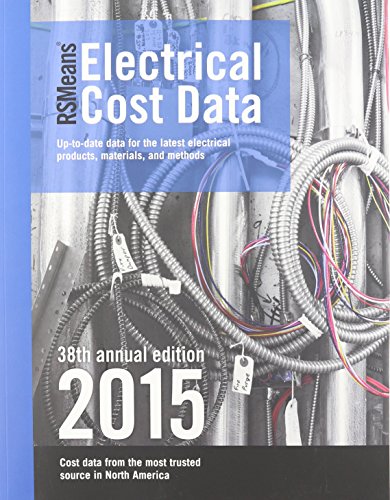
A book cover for RSMeans Electrical Cost Data 2015; Engineering & Transportation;